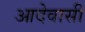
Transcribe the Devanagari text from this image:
आदेवासी